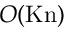
O ( \mathrm { K n } )